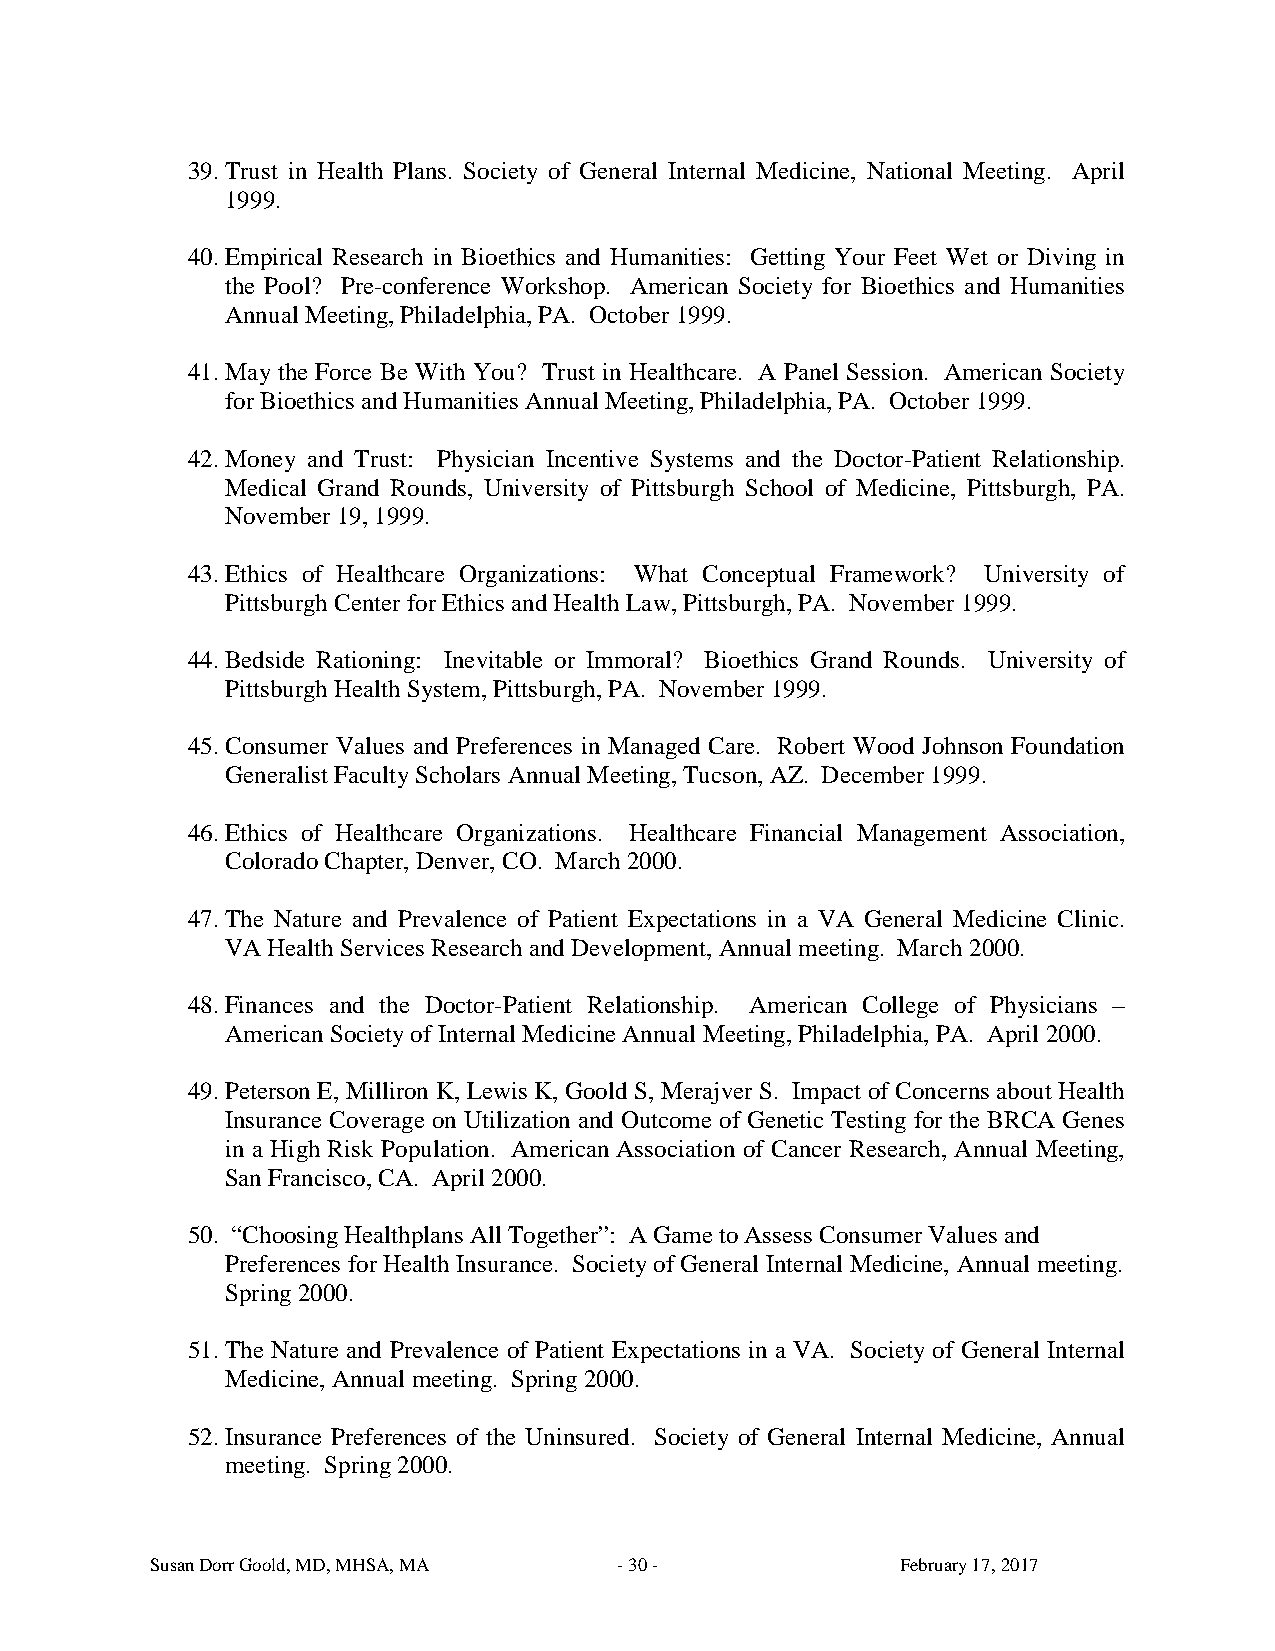
39. Trust in Health Plans. Society of General Internal Medicine, National Meeting. April
 1999.
 40. Empirical Research in Bioethics and Humanities: Getting Your Feet Wet or Diving in
 the Pool? Pre-conference Workshop. American Society for Bioethics and Humanities
 Annual Meeting, Philadelphia, PA. October 1999.
 41. May the Force Be With You? Trust in Healthcare. A Panel Session. American Society
 for Bioethics and Humanities Annual Meeting, Philadelphia, PA. October 1999.
 42. Money and Trust: Physician Incentive Systems and the Doctor-Patient Relationship.
 Medical Grand Rounds, University of Pittsburgh School of Medicine, Pittsburgh, PA.
 November 19, 1999.
 43. Ethics of Healthcare Organizations: What Conceptual Framework? University of
 Pittsburgh Center for Ethics and Health Law, Pittsburgh, PA. November 1999.
 44. Bedside Rationing: Inevitable or Immoral? Bioethics Grand Rounds. University of
 Pittsburgh Health System, Pittsburgh, PA. November 1999.
 45. Consumer Values and Preferences in Managed Care. Robert Wood Johnson Foundation
 Generalist Faculty Scholars Annual Meeting, Tucson, AZ. December 1999.
 46. Ethics of Healthcare Organizations. Healthcare Financial Management Association,
 Colorado Chapter, Denver, CO. March 2000.
 47. The Nature and Prevalence of Patient Expectations in a VA General Medicine Clinic.
 VA Health Services Research and Development, Annual meeting. March 2000.
 48. Finances and the Doctor-Patient Relationship. American College of Physicians –
 American Society of Internal Medicine Annual Meeting, Philadelphia, PA. April 2000.
 49. Peterson E, Milliron K, Lewis K, Goold S, Merajver S. Impact of Concerns about Health
 Insurance Coverage on Utilization and Outcome of Genetic Testing for the BRCA Genes
 in a High Risk Population. American Association of Cancer Research, Annual Meeting,
 San Francisco, CA. April 2000.
 50. “Choosing Healthplans All Together”: A Game to Assess Consumer Values and
 Preferences for Health Insurance. Society of General Internal Medicine, Annual meeting.
 Spring 2000.
 51. The Nature and Prevalence of Patient Expectations in a VA. Society of General Internal
 Medicine, Annual meeting. Spring 2000.
 52. Insurance Preferences of the Uninsured. Society of General Internal Medicine, Annual
 meeting. Spring 2000.
 Susan Dorr Goold, MD, MHSA, MA - 30 -             February 17, 2017